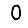
Digit: 0